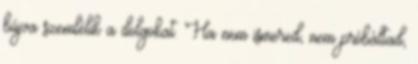
bújva szemlélik a dolgokat. Ha nem ismered, nem próbáltad,